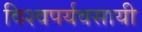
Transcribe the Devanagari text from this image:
विश्वपर्यवसायी